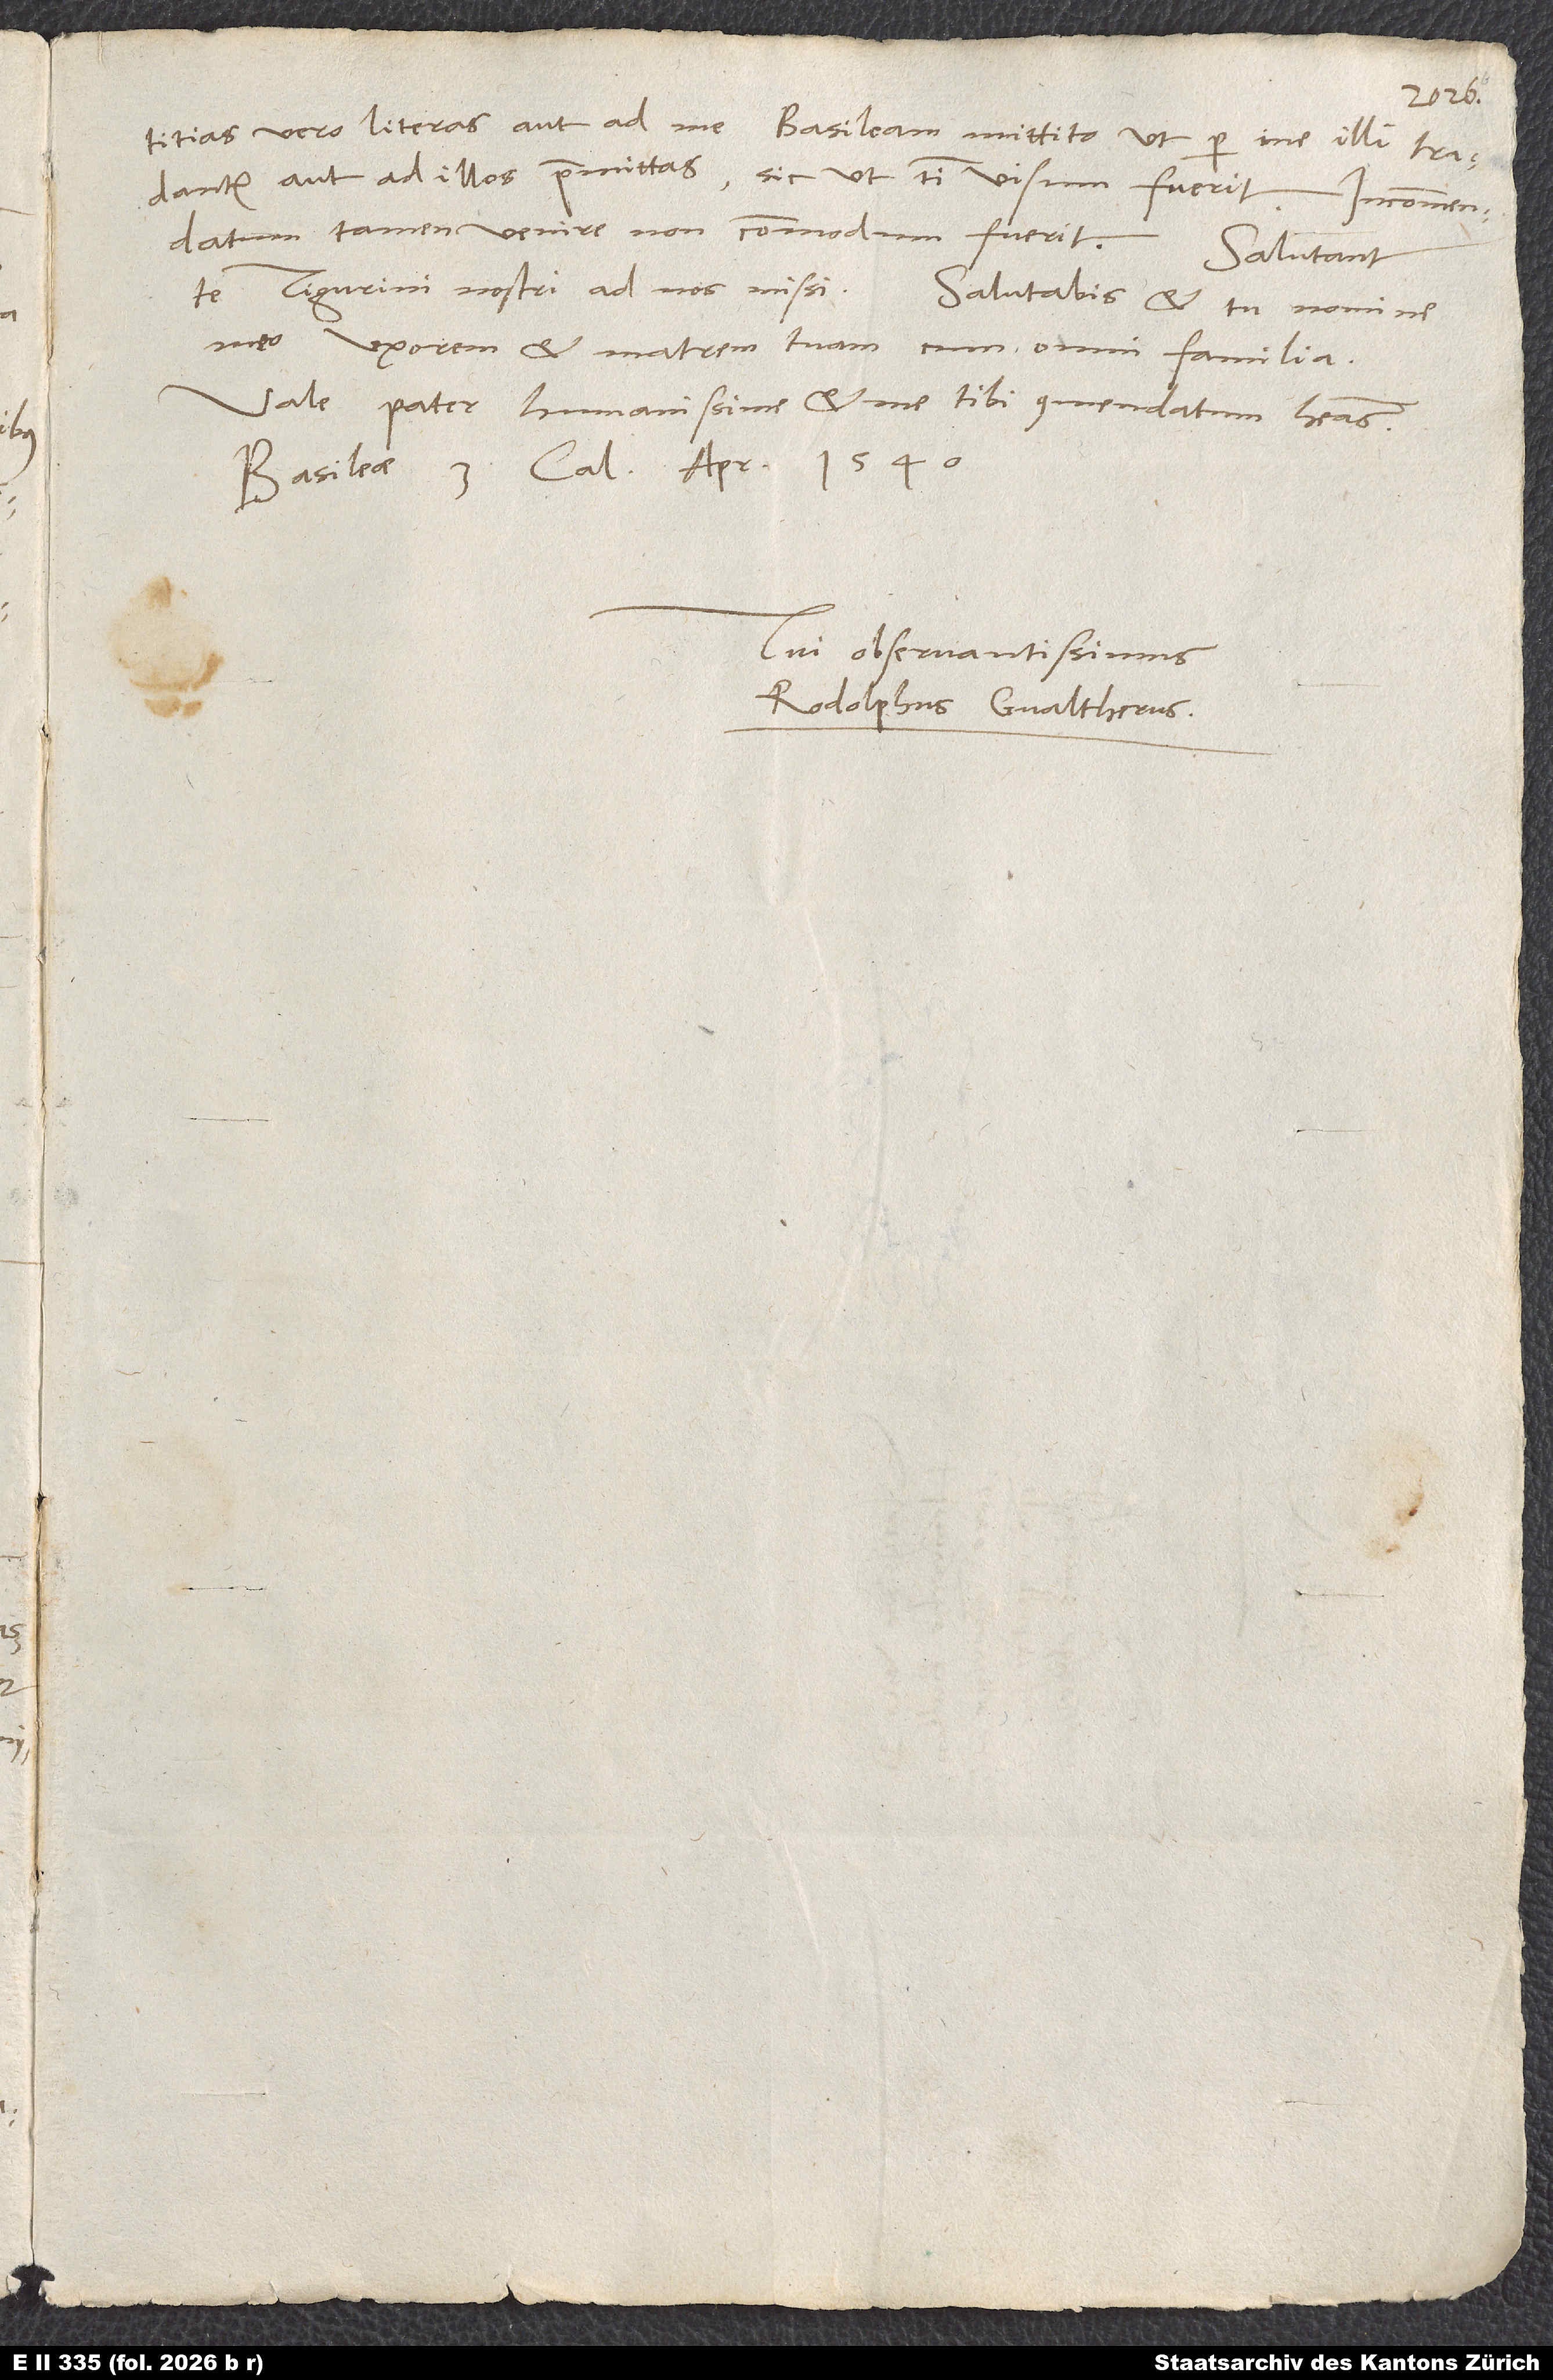
vero literas aut ad me Basileam mittito, ut per me illi tradantur,
aut ad illos praemittas, sic ut tibi visum fuerit. Incommendatum
tamen venire non commodum fuerit.
Salutant
te Tigurini nostri ad nos missi. Salutabis et tu nomine
meo uxorem et matrem tuam cum omni familia.
Vale, pater humanissime, et me tibi commendatum habeas.
Basileae, 3. calendas aprilis 1540.
Tui observantissimus
Rodolphus Gvaltherus.